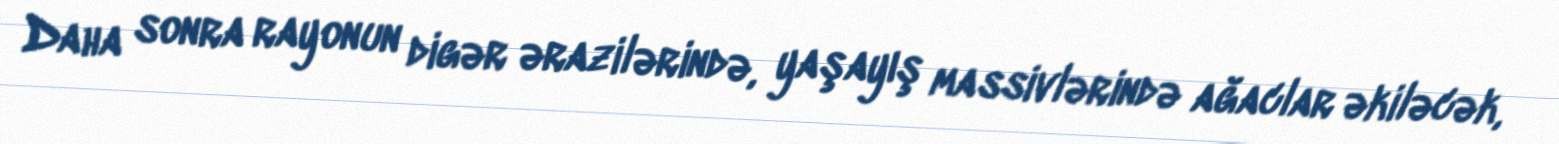
Daha sonra rayonun digər ərazilərində, yaşayış massivlərində ağaclar əkiləcək,